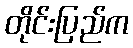
တိုင်းပြည်က